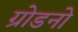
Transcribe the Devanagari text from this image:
ग्रोडनो